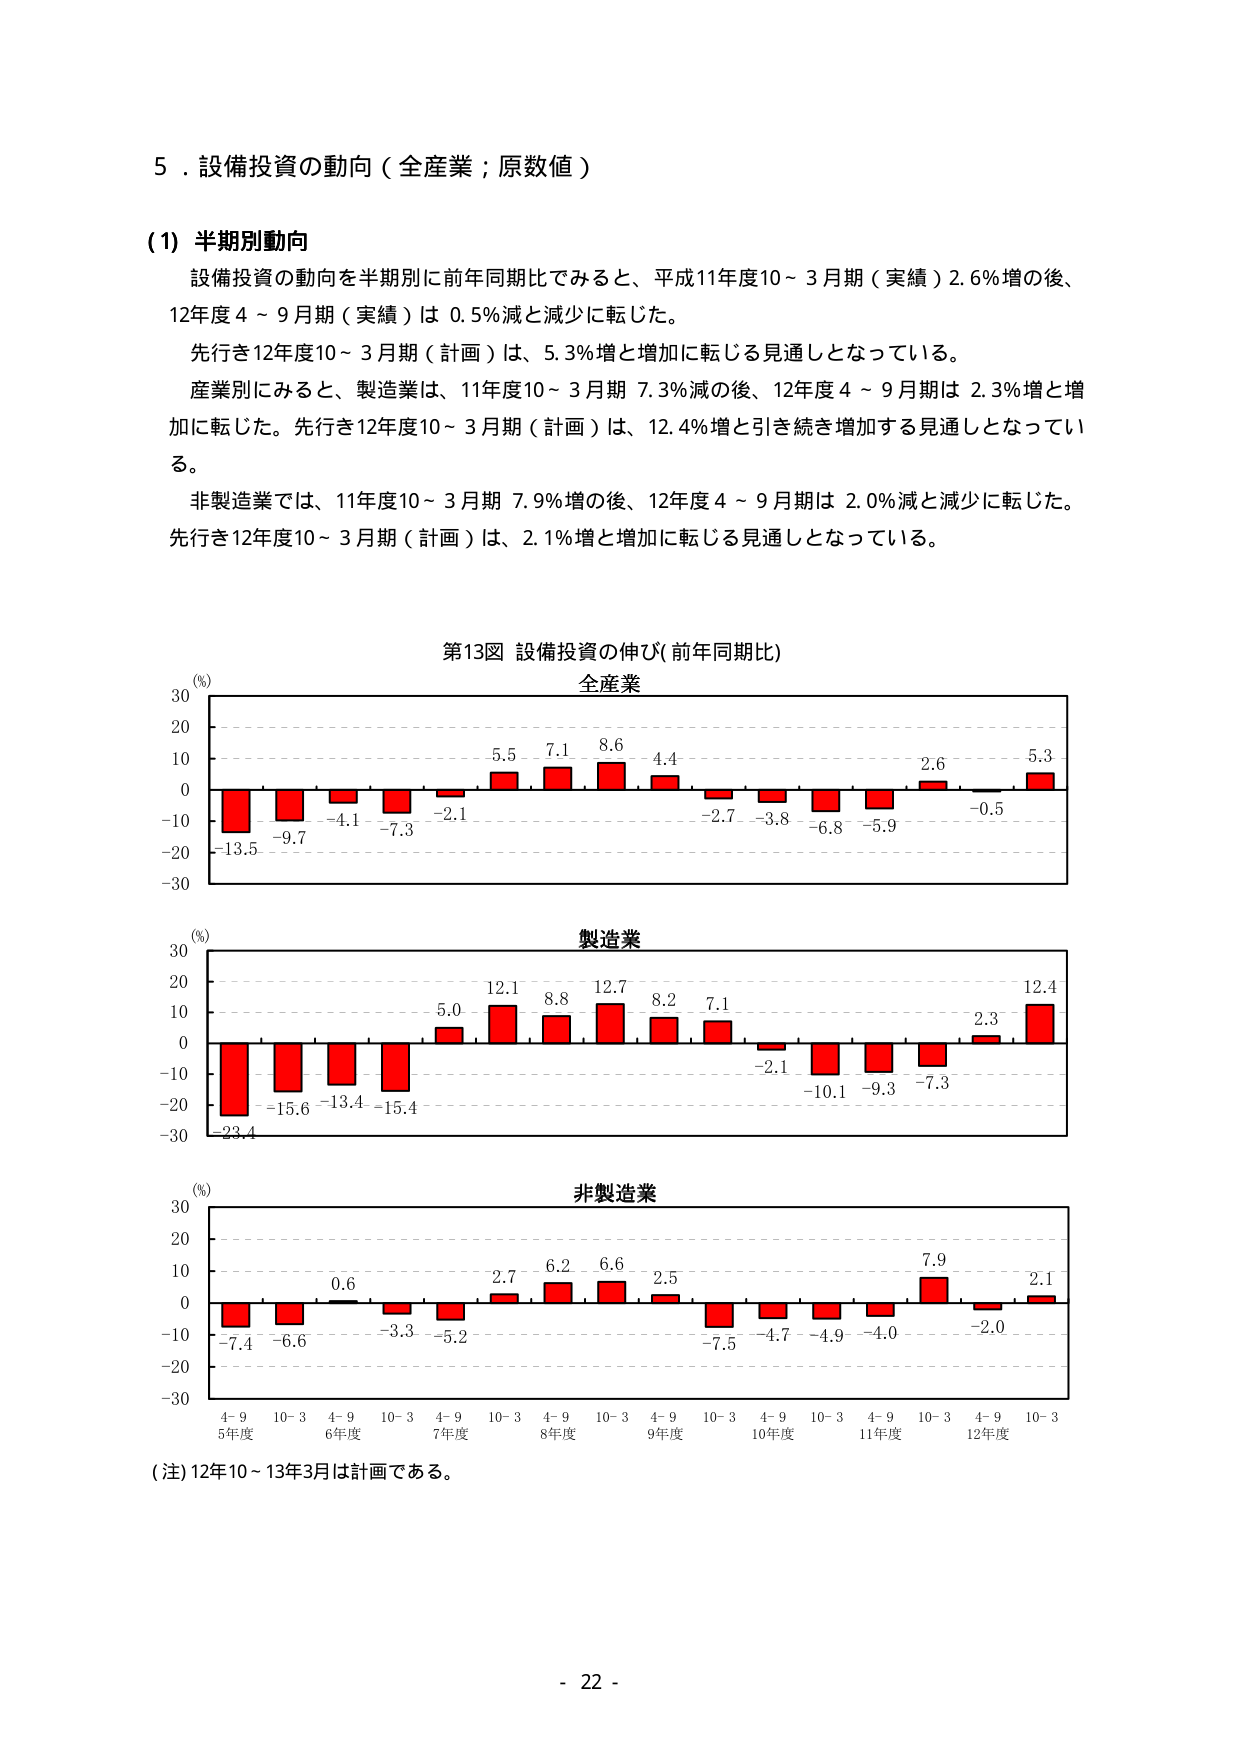
５．設備投資の動向（全産業；原数値）

(1) 半期別動向
設備投資の動向を半期別に前年同期比でみると、平成11年度10～3月期（実績）2.6％増の後、
12年度4～9月期（実績）は0.5％減と減少に転じた。
先行き12年度10～3月期（計画）は、5.3％増と増加に転じる見通しとなっている。
産業別にみると、製造業は、11年度10～3月期7.3％減の後、12年度4～9月期は2.3％増と増
加に転じた。先行き12年度10～3月期（計画）は、12.4％増と引き続き増加する見通しとなってい
る。
非製造業では、11年度10～3月期7.9％増の後、12年度4～9月期は2.0％減と減少に転じた。
先行き12年度10～3月期（計画）は、2.1％増と増加に転じる見通しとなっている。

第13図 設備投資の伸び（前年同期比）
全産業
(％)
30
20
10
0
-10
-20
-30
-13.5 -9.7 -4.1 -7.3 -2.1 5.5 7.1 8.6 4.4 -2.7 -3.8 -6.8 -5.9 -0.5 2.6 5.3

製造業
(％)
30
20
10
0
-10
-20
-30
-23.4 -15.6 -13.4 -15.4 5.0 12.1 8.8 12.7 8.2 7.1 -2.1 -10.1 -9.3 -7.3 2.3 12.4

非製造業
(％)
30
20
10
0
-10
-20
-30
-7.4 -6.6 0.6 -3.3 -5.2 2.7 6.2 6.6 2.5 -7.5 -4.7 -4.9 -4.0 -2.0 7.9 2.1

4-9 10-3 4-9 10-3 4-9 10-3 4-9 10-3 4-9 10-3 4-9 10-3 4-9 10-3 4-9 10-3
5年度 6年度 7年度 8年度 9年度 10年度 11年度 12年度

（注）12年10～13年3月は計画である。

- 22 -